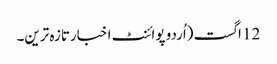
12 اگست (اُردو پوائنٹ اخبارتازہ ترین۔